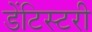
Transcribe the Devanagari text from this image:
डेंटिस्टरी